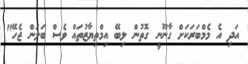
އަދި އެ މެމްބަރަކަށް ގާނޫނީ ގޮތުން ލިބޭ އިމްތިޔާޒުތައް ވެސް ބަލަން ޖެހޭ"